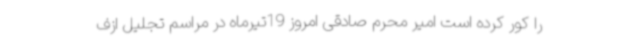
را کور کرده است امیر محرم صادقی امروز 19تیرماه در مراسم تجلیل ازف